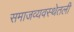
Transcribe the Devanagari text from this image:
समाजव्यवस्थेतली